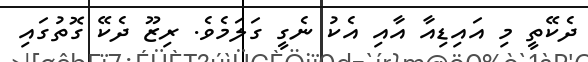
ދެކޭތީ މި އައިޑިއާ އާއި އެކު ނެގީ ގަލަމެވެ. ރިޒޫ ދެކޭ ގޮތުގައި